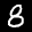
Label: 8